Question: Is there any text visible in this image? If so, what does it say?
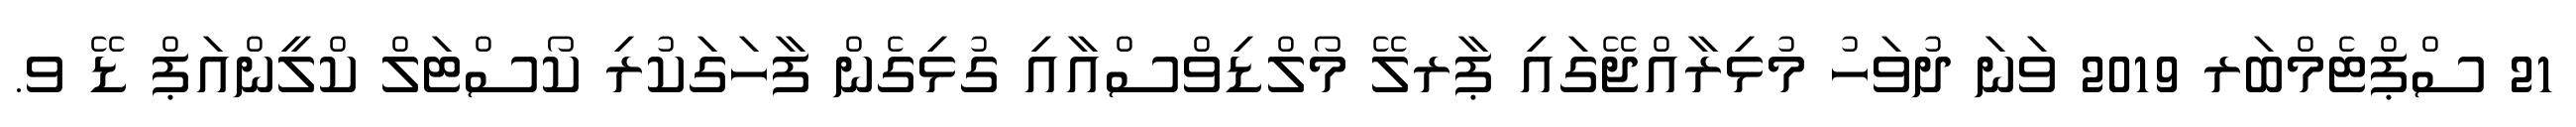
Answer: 21 ސްޕްޓެމްބަރ 2019 ވަނަ ދުވަހު މުޅިރާއްޖޭގައި ޕާރލޭ މޯލްޑިވްސްއާއި ގުޅިގެން ފާހަގަކުރި ކޯސްޓަލް ކްލީންއަޕް ޑޭ ވ.